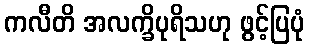
ကလီတိ အလက္ခိပုရိသဟု ဖွင့်ပြပုံ